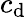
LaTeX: c_{\mathrm{d}}